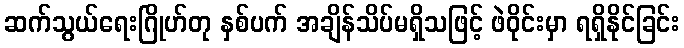
ဆက်သွယ်ရေးဂြိုဟ်တု နှစ်ပက် အချိန်သိပ်မရှိသဖြင့် ဖဲဝိုင်းမှာ ရရှိနိုင်ခြင်း